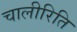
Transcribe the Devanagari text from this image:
चालीरिति